Malaria in the Punjab - Number 46
Disease focus: Malaria
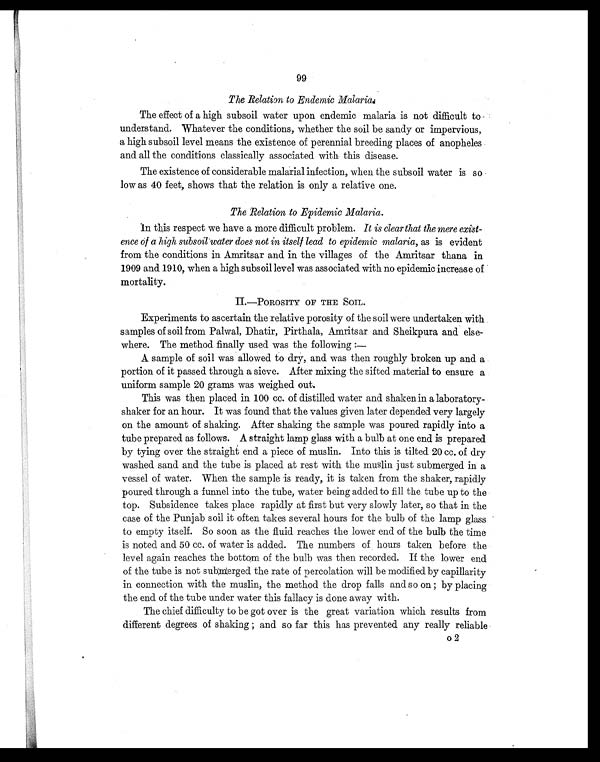
99
The Relation to Endemic Malaria.
The effect of a high subsoil water upon endemic malaria is not difficult to
understand. Whatever the conditions, whether the soil be sandy or impervious,
a high subsoil level means the existence of perennial breeding places of anopheles
and all the conditions classically associated with this disease.
The existence of considerable malarial infection, when the subsoil water is so
low as 40 feet, shows that the relation is only a relative one.
The Relation to Epidemic Malaria.
in this respect we have a more difficult problem. It is clear that the mere exist-
ence of a high subsoil water does not in itself lead to epidemic malaria, as is evident
from the conditions in Amritsar and in the villages of the Amritsar thana in
1909 and 1910, when a high subsoil level was associated with no epidemic increase of
mortality.
II.—POROSITY OF THE SOIL.
Experiments to ascertain the relative porosity of the soil were undertaken with
samples of soil from Palwal, Dhatir, Pirthala, Amritsar and Sheikpura and else-
where. The method finally used was the following :
—
A sample of soil was allowed to dry, and was then roughly broken up and a
portion of it passed through a sieve. After mixing the sifted material to ensure a
uniform sample 20 grams was weighed out.
This was then placed in 100 cc. of distilled water and shaken in a laboratory-
shaker for an hour. It was found that the values given later depended very largely
on the amount of shaking. After shaking the sample was poured rapidly into a
tube prepared as follows. A straight lamp glass with a bulb at one end is prepared
by tying over the straight end a piece of muslin. Into this is tilted 20 cc. of dry
washed sand and the tube is placed at rest with the muslin just submerged in a
vessel of water. When the sample is ready, it is taken from the shaker, rapidly
poured through a funnel into the tube, water being added to fill the tube up to the
top. Subsidence takes place rapidly at first but very slowly later, so that in the
case of the Punjab soil it often takes several hours for the bulb of the lamp glass
to empty itself. So soon as the fluid reaches the lower end of the bulb the time
is noted and 50 cc. of water is added. The numbers of hours taken before the
level again reaches the bottom of the bulb was then recorded. If the lower end
of the tube is not submerged the rate of percolation will be modified by capillarity
in connection with the muslin, the method the drop falls and so on by placing
the end of the tube under water this fallacy is done away with.
The chief difficulty to be got over is the great variation which results from
different degrees of shaking and so far this has prevented any really reliable
o2